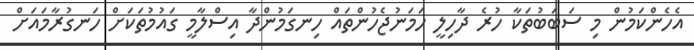
އެހެންކަމުން މި ސަބަބުތަކާ ހުރެ ދާހިލީ ހަމަނުޖެހުންތައް ހިނގަމުންދާ އިސްލާމީ ގައުމުތަކަށް ހަނގުރާމައަށް